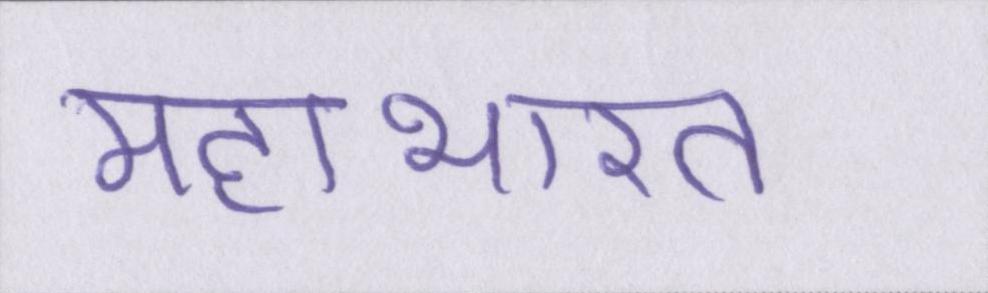
महाभारत